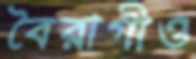
বৈরাগীও